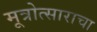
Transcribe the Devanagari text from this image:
मूत्रोत्साराचा